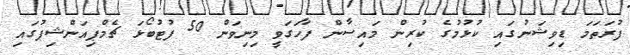
ފުރަތަމަ ޑިވިޝަނުގައި ކުޅުމުގެ ކުރިން މައިސާން ފާހަގަވީ މިނިވަން 50 ފުޓުބޯޅަ ޗެމްޕިއަންޝިޕުގައި